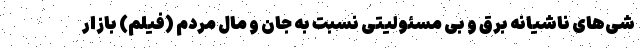
شی‌های ناشیانه برق و بی مسئولیتی نسبت به جان و مال مردم (فیلم) بازار